Report of the King Institute of Preventive Medicine, Guindy
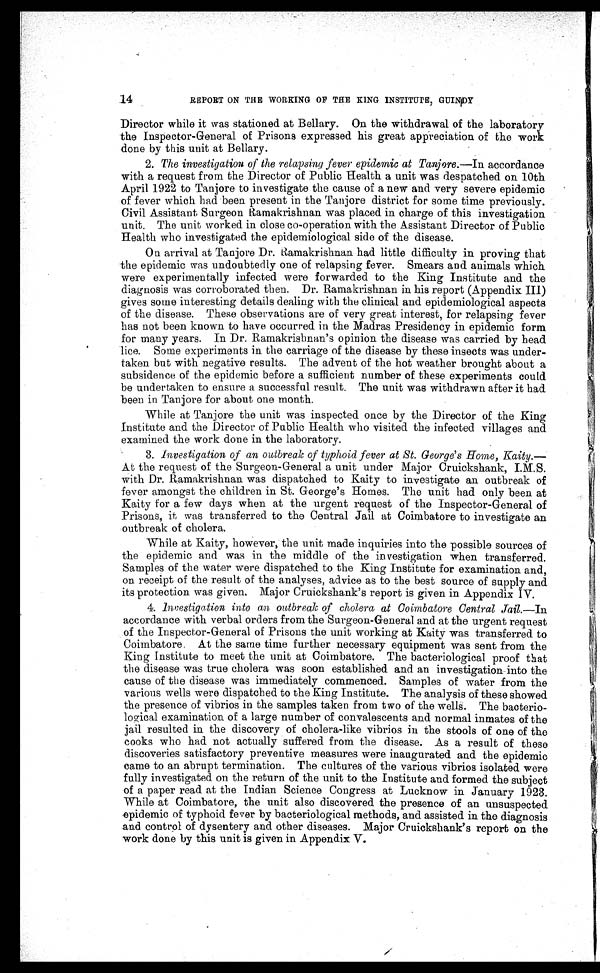
14
REPORT ON THE WORKING OF THE KING INSTITUTE, GUINDY
Director while it was stationed at Bellary. On the withdrawal of the laboratory
the Inspector-General of Prisons expressed his great appreciation of the work
done by this unit at Bellary.
2. The investigation of the relapsing fever epidemic at Tanjore .—In accordance
with a request from the Director of Public Health a unit was despatched on 10th
April 1922 to Tanjore to investigate the cause of a new and very severe epidemic
of fever which had been present in the Tanjore district for some time previously.
Civil Assistant Surgeon Ramakrishnan was placed in charge of this investigation
unit. The unit worked in close co-operation with the Assistant Director of Public
Health who investigated the epidemiological side of the disease.
On arrival at Tanjore Dr. Ramakrishnan had little difficulty in proving that
the epidemic was undoubtedly one of relapsing fever. Smears and animals which
were experimentally infected were forwarded to the King Institute and the
diagnosis was corroborated then. Dr. Ramakrishnan in his report (Appendix III)
gives some interesting details dealing with the clinical and epidemiological aspects
of the disease. These observations are of very great interest, for relapsing fever
has not been known to have occurred in the Madras Presidency in epidemic form
for many years. In Dr. Ramakrishnan's opinion the disease was carried by head
lice. Some experiments in the carriage of the disease by these insects was under
-taken but with negative results. The advent of the hot weather brought about a
subsidence of the epidemic before a sufficient number of these experiments could
be undertaken to ensure a successful result. The unit was withdrawn after it had
been in Tanjore for about one month.
While at Tanjore the unit was inspected once by the Director of the King
Institute and the Director of Public Health who visited the infected villages and
examined the work done in the laboratory.
3. Investigation of an outbreak of typhoid fever at St. George's Home, Kaity
. — A t t h e r e q u e s t o f t h e S u r g e o n - G e n e r a l a u n i t u n d e r M a j o r C r u i c k s h a n k , I . M . S .
with Dr. Ramakrishnan was dispatched to Kaity to investigate an outbreak of
fever amongst the children in St. George's Homes. The unit had only been at
Kaity for a few days when at the urgent request of the Inspector-General of
Prisons, it was transferred to the Central Jail at Coimbatore to investigate an
outbreak of cholera.
While at Kaity, however, the unit made inquiries into the possible sources of
the epidemic and was in the middle of the investigation when transferred.
Samples of the water were dispatched to the King Institute for examination and,
on receipt of the result of the analyses, advice as to the best source of supply and
its protection was given. Major Cruickshank's report is given in Appendix IV.
4. Investigation into an outbreak of cholera at Coimbatore Central Jail.—In
accordance with verbal orders from the Surgeon-General and at the urgent request
of the Inspector-General of Prisons the unit working at Kaity was transferred to
Coimbatore. At the same time further necessary equipment was sent from the
King Institute to meet the unit at Coimbatore. The bacteriological proof that
the disease was true cholera was soon established and an investigation into the
cause of the disease was immediately commenced. Samples of water from the
various wells were dispatched to the King Institute. The analysis of these showed
the presence of vibrios in the samples taken from two of the wells. The bacterio
- l o g i c a l e x a m i n a t i o n o f a l a r g e n u m b e r o f c o n v a l e s c e n t s a n d n o r m a l i n m a t e s o f t h e
jail resulted in the discovery of cholera-like vibrios in the stools of one of the
cooks who had not actually suffered from the disease. As a result of these
discoveries satisfactory preventive measures were inaugurated and the epidemic
came to an abrupt termination. The cultures of the various vibrios isolated were
fully investigated on the return of the unit to the Institute and formed the subject
o f a p a p e r r e a d a t t h e I n d i a n S c i e n c e C o n g r e s s a t L u c k n o w i n J a n u a r y 1 9 2 3 .
While at Coimbatore, the unit also discovered the presence of an unsuspected
epidemic of typhoid fever by bacteriological methods, and assisted in the diagnosis
and control of dysentery and other diseases. Major Cruickshank's report on the
work done by this unit is given in Appendix V.